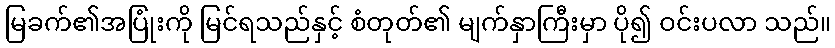
မြခက်၏အပြုံးကို မြင်ရသည်နှင့် စံတုတ်၏ မျက်နှာကြီးမှာ ပို၍ ဝင်းပလာ သည်။